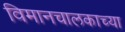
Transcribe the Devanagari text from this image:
विमानचालकाच्या